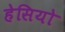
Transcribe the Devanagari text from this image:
हेसियो